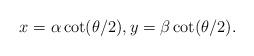
LaTeX: \begin{align*}x= \alpha \cot(\theta/2), y = \beta \cot(\theta/2).\end{align*}